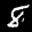
Label: 8